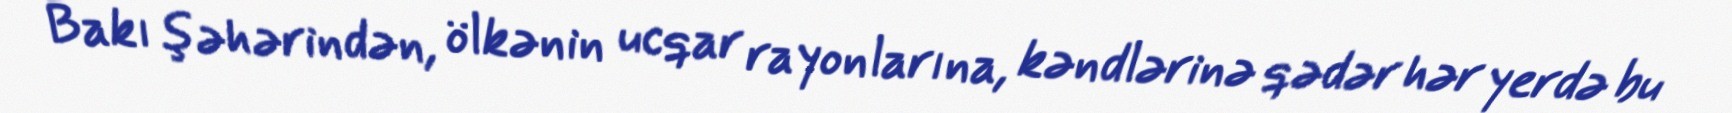
Bakı şəhərindən, ölkənin ucqar rayonlarına, kəndlərinə qədər hər yerdə bu